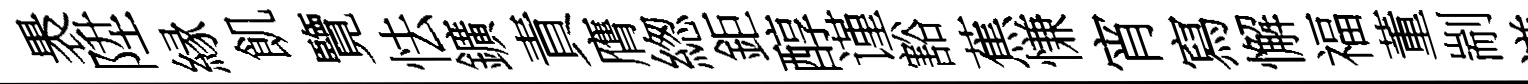
褁陞縁飢覽怯鑛責膺緫鉅醇谨豁蕉慊宵寫懈福董剬謙